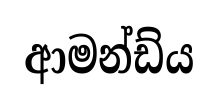
ආමන්ඩ්ය